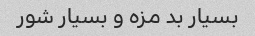
بسیار بد مزه و بسیار شور